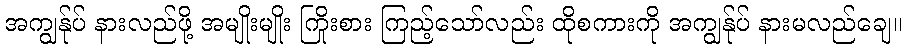
အကျွန်ုပ် နားလည်ဖို့ အမျိုးမျိုး ကြိုးစား ကြည့်သော်လည်း ထိုစကားကို အကျွန်ုပ် နားမလည်ချေ။